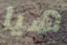
هيا